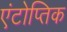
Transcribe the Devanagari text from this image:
एंटोप्तिक